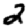
Digit: 2